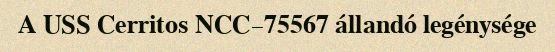
A USS Cerritos NCC–75567 állandó legénysége